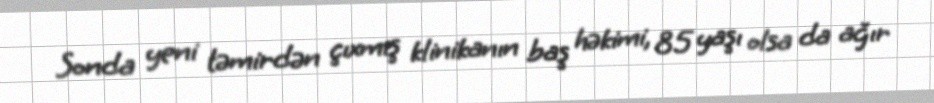
Sonda yeni təmirdən çıxmış klinikanın baş həkimi, 85 yaşı olsa da ağır